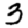
Digit: 3